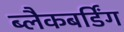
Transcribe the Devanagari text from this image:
ब्लैकबर्डिंग